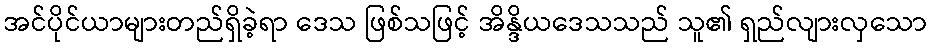
အင်ပိုင်ယာများတည်ရှိခဲ့ရာ ဒေသ ဖြစ်သဖြင့် အိန္ဒိယဒေသသည် သူ၏ ရှည်လျားလှသော